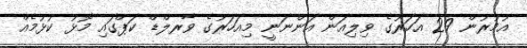
އުމުރުން 29 އަހަރުގެ ވިލިއަން އަންނަނީ މިއަހަރުގެ ވާރލްޑް ކަޕްގައި މޮޅު ކުޅުމެއް